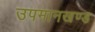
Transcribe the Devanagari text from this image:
उपमानखण्ड